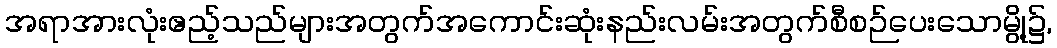
အရာအားလုံးဧည့်သည်များအတွက်အကောင်းဆုံးနည်းလမ်းအတွက်စီစဉ်ပေးသောမွို့၌,